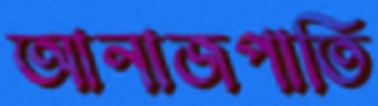
আনাজপাতি